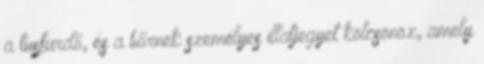
a tusfürdő, és a bőrnek személyes illatjegyet kölcsönöz, amely